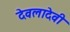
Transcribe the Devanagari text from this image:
देवलादेवी